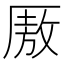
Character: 厫